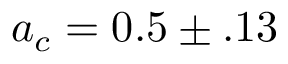
a _ { c } = 0 . 5 \pm . 1 3